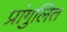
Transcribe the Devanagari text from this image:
प्रांगुलित